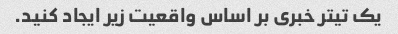
یک تیتر خبری بر اساس واقعیت زیر ایجاد کنید.